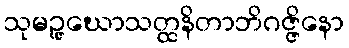
သုမဉ္ဇုဃောသတ္ထနိတာဘိဂဇ္ဇိနော